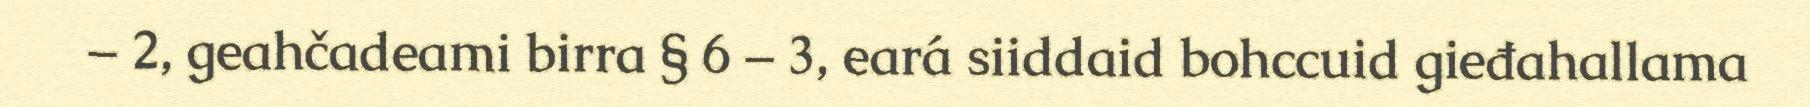
– 2, geahčadeami birra § 6 – 3, eará siiddaid bohccuid gieđahallama